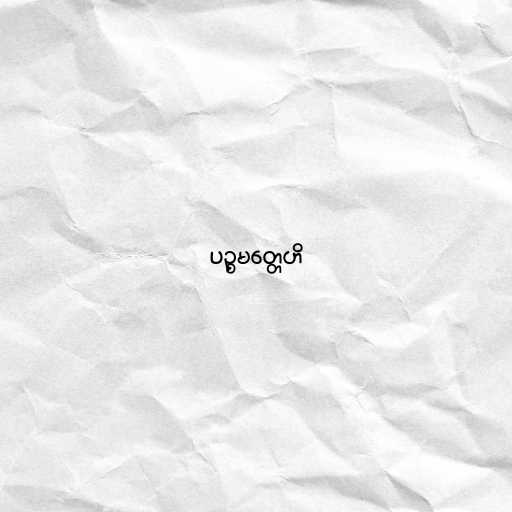
ပဉ္စမတ္တေဟိ